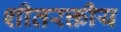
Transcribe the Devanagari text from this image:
शीतरक्तीय